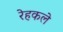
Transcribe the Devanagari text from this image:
रेहकले